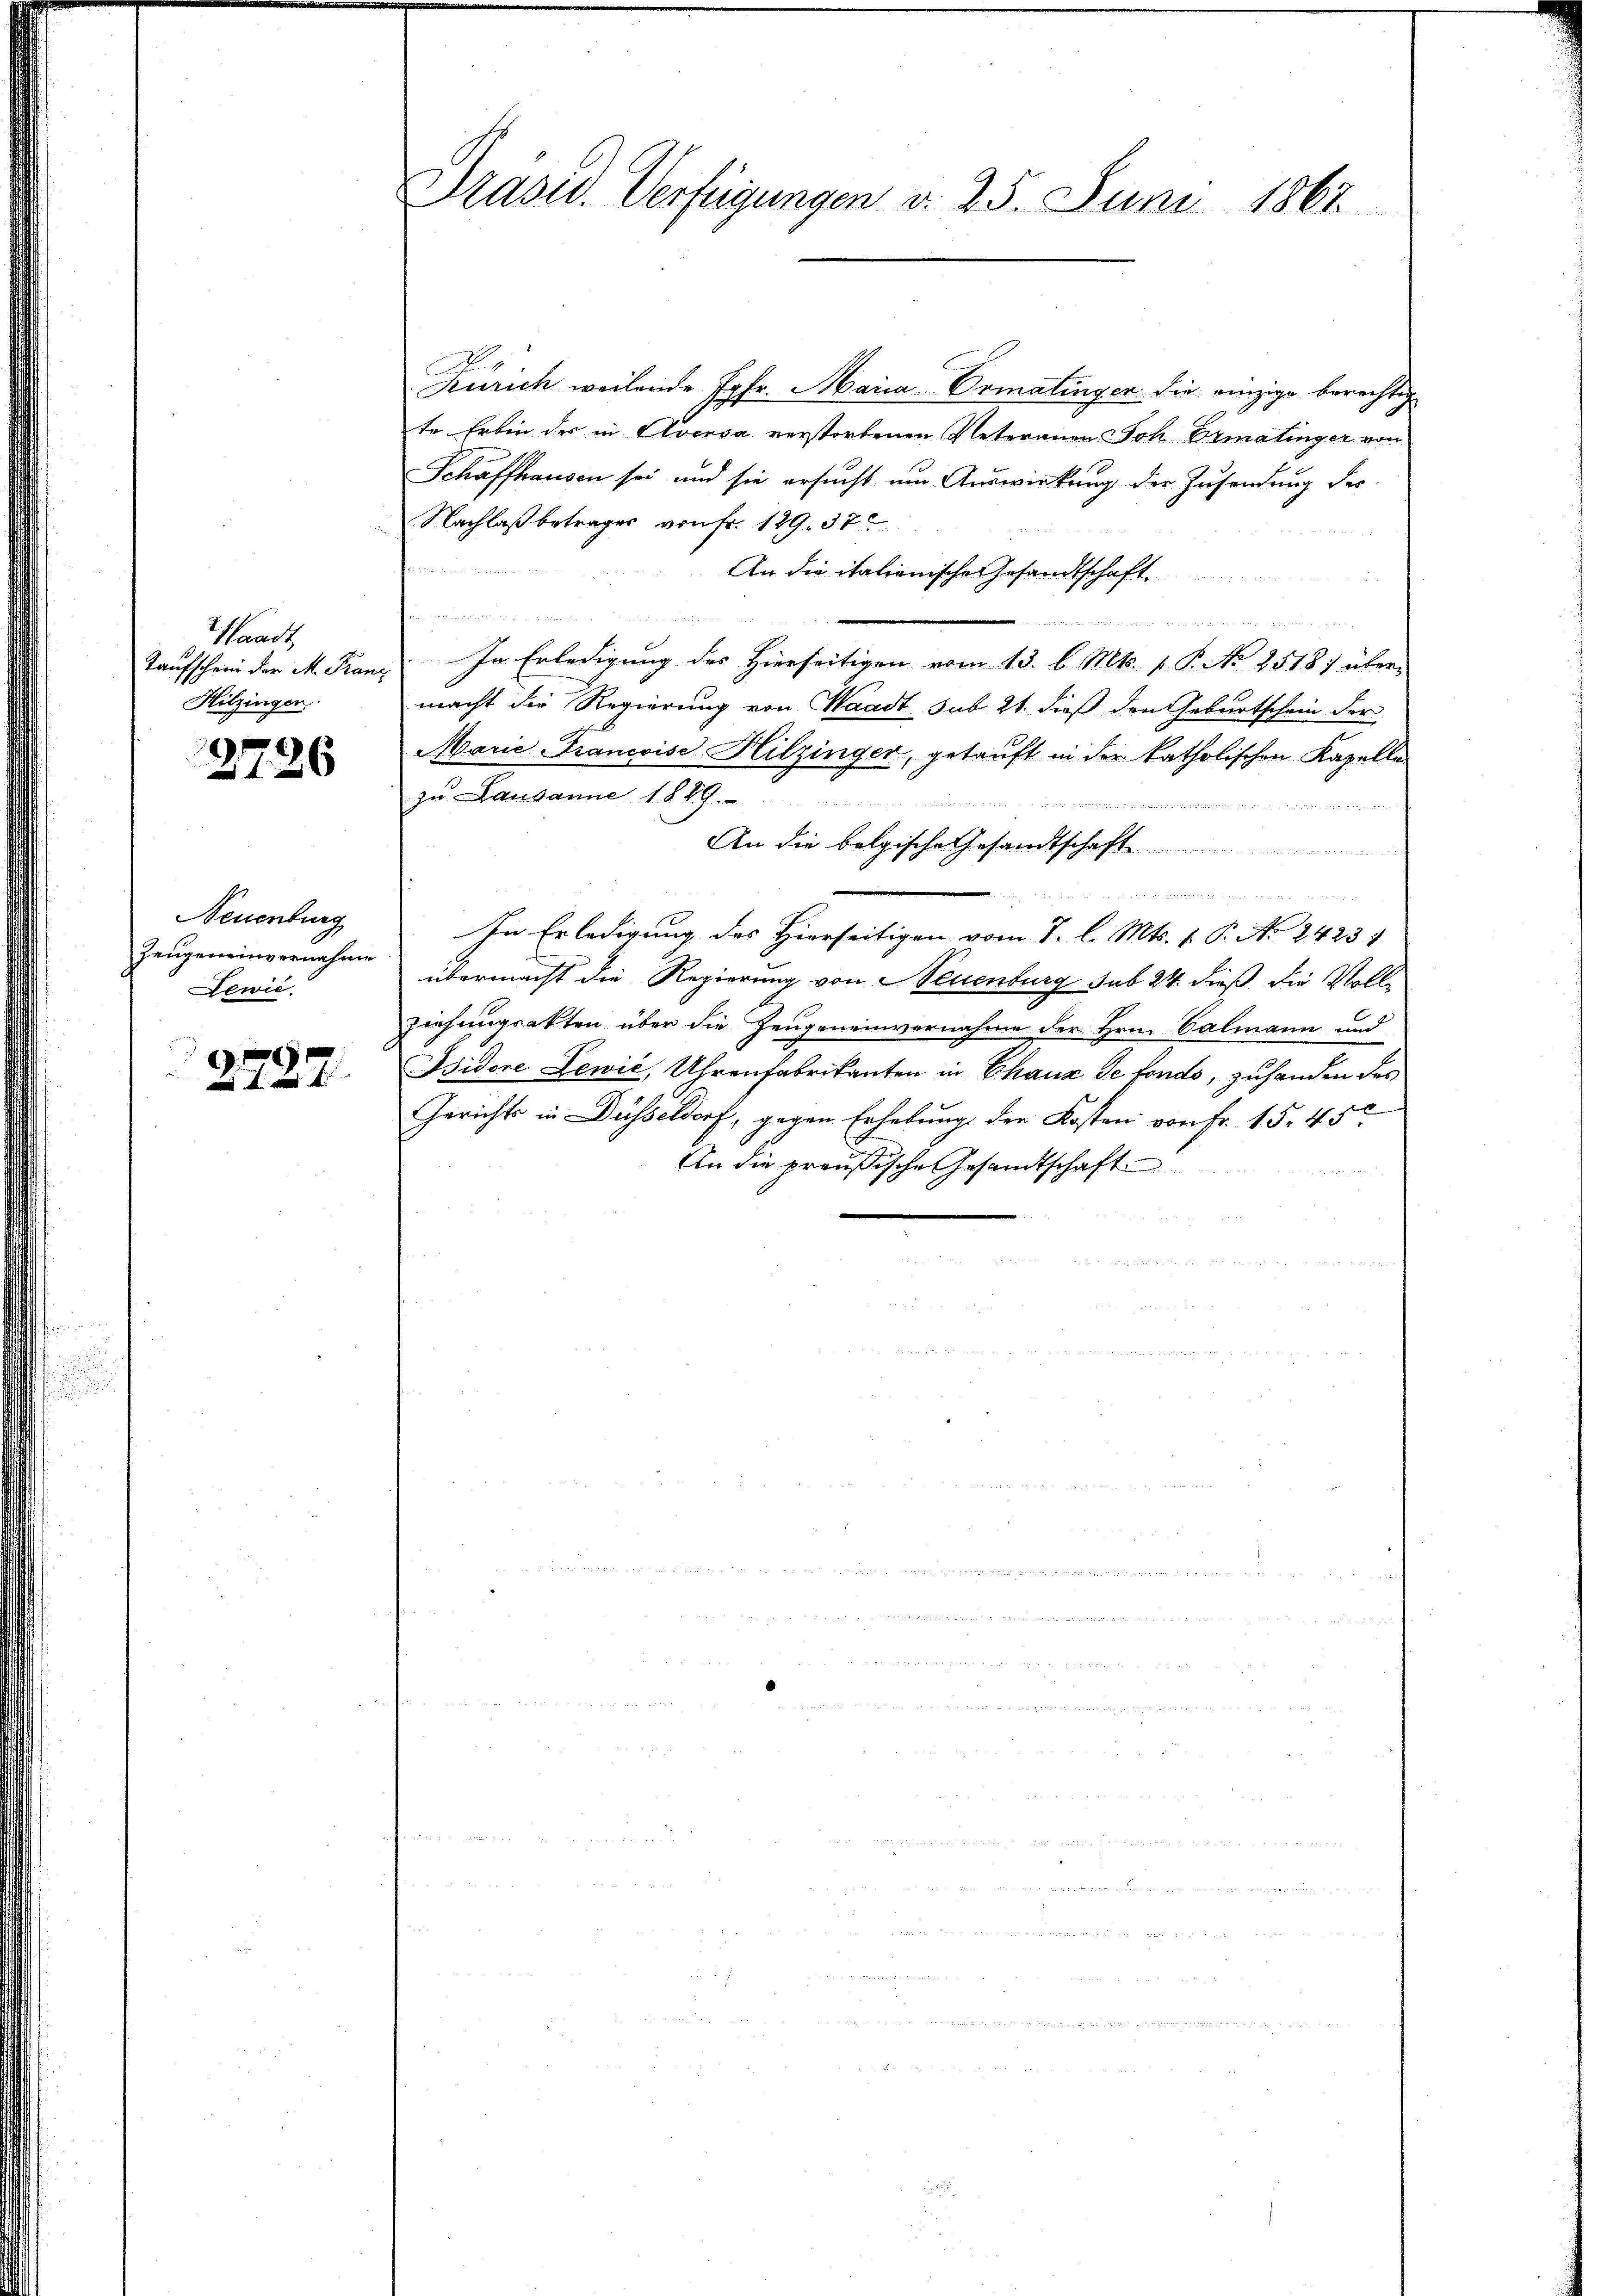
Waadt
Taufschrei der M. Kanz
Hitzingen

3726

Neuenburg
Dewie

2727

Präser. Verfügungen d. 25. Juni 1863.

Zürich weilende Jgfr. Maria Ormatinger die einzige berechtig
te Erbin der in Aversa verstorbenen Veterauen Joh Ermatinger von
Schaffhausen sei und sie ersucht um Auswirkung der Zusendung des
Nachlaß betrages von Fr. 129. 37
An die itationische Gesandtschaft
un

In Erledigung des Hierseitigen vom 13. l. Mts. v. P. No 2518) über-
macht die Regierung von Waadt, sub 21. dieß den Geburtschein der
Marie Francoise Hilzinger, getauft in der katholischen Kapelle
zu Lausanne 1889.

d
An die belgische Gesandtschaft

In Erledigung des Hierseitigen vom 8. l. Mts. 1 P. No 2423)
Zeugeneinvernahme übermacht die Regierung von Neuenburg sub 24 dieß die Vollziehungsakten über die Zeugeneinvernahme der Hrn. Valmann und
Bidore Lewić, Uhrenfabrikanten in Chaux de fonds, zuhanden des
Gerichts in Düsseldorf, gegen Erhebung der Kosten von Fr. 15. 45
An die preußische Gesandtschaft